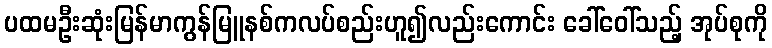
ပထမဦးဆုံးမြန်မာကွန်မြူနစ်ကလပ်စည်းဟူ၍လည်းကောင်း ခေါ်ဝေါ်သည့် အုပ်စုကို